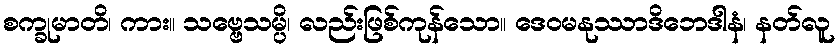
စက္ခုမာတိ၊ ကား။ သဗ္ဗေသမ္ပိ၊ လည်းဖြစ်ကုန်သော။ ဒေဝမနုဿာဒိဘေဒါနံ၊ နတ်လူ